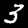
Label: 3